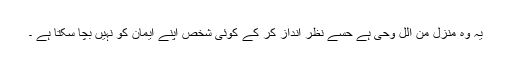
یہ وہ منزل من الل وحی ہے حسے نظر انداز کر کے کوئی شخص اپنے ایمان کو نہیں بچا سکتا ہے ۔